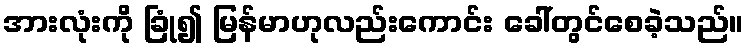
အားလုံးကို ခြုံ၍ မြန်မာဟုလည်းကောင်း ခေါ်တွင်စေခဲ့သည်။